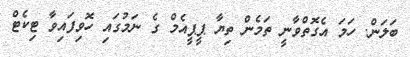
ބަލަން. ހަމަ އެގޮތްވާނީ ތަމެން ތިޔާ ޕީޕީއެމް ގެ ނަމުގައި ހޮވިފައިވާ ޓިކެޓް